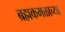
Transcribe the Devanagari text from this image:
ब्रह्मकमळाच्या